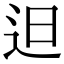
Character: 𨑨